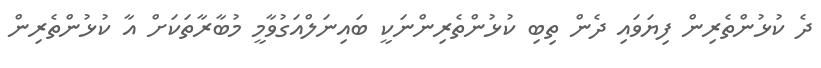
ދެ ކުޅުންތެރިން ފިޔަވައި ދެން ތިބި ކުޅުންތެރިންނަކީ ބައިނަލްއަގުވާމީ މުބާރާތަކަށް އާ ކުޅުންތެރިން